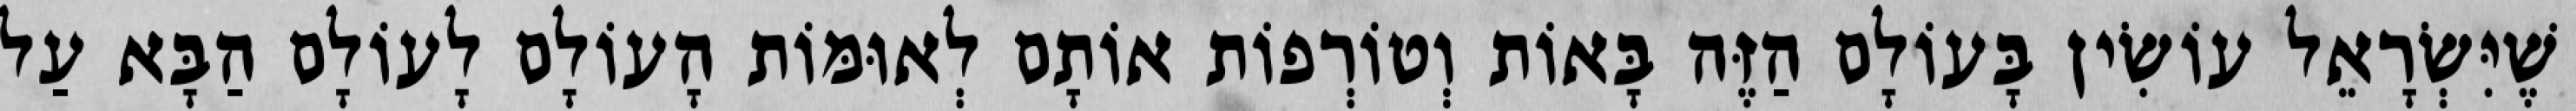
שֶׁיִּשְׂרָאֵל עוֹשִׂין בָּעוֹלָם הַזֶּה בָּאוֹת וְטוֹרְפוֹת אוֹתָם לְאוּמּוֹת הָעוֹלָם לָעוֹלָם הַבָּא עַל